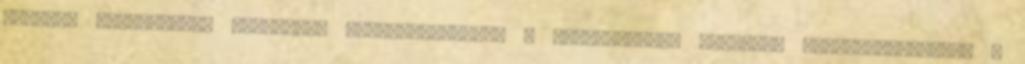
Segítek középszintű érettségi felkészítésben, a középiskolai tananyag elsajátításában. A